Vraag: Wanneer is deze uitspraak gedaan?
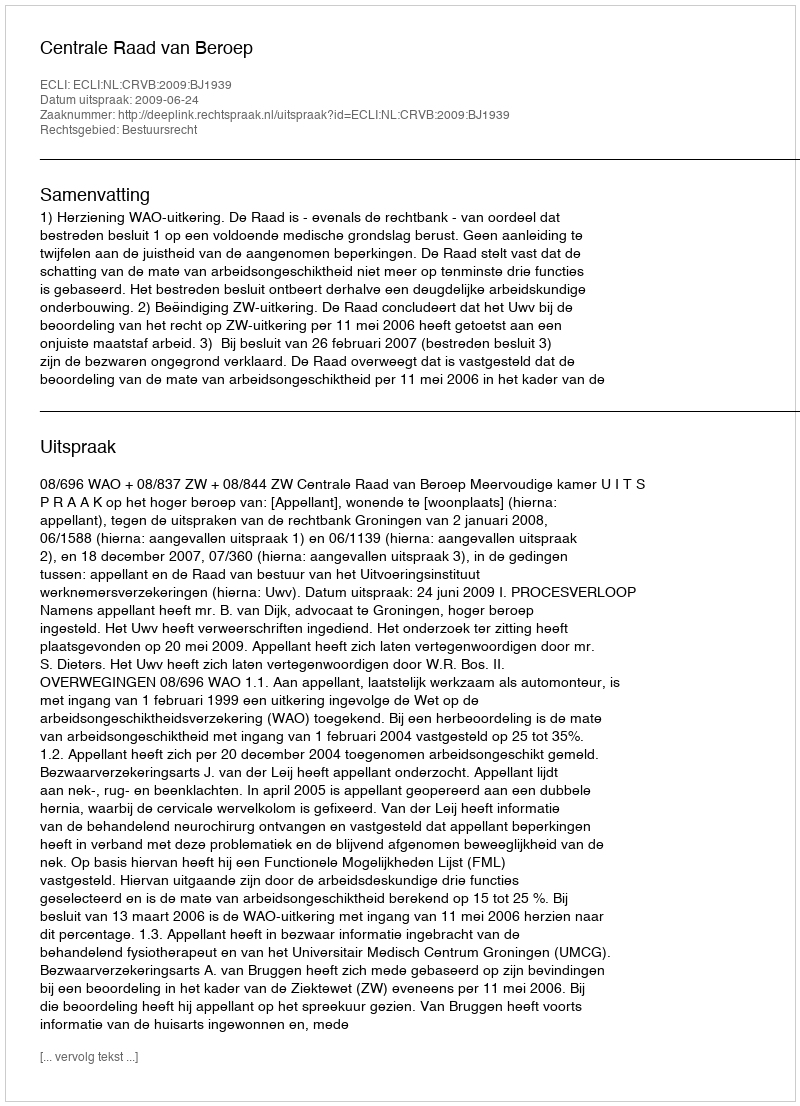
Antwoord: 2009-06-24